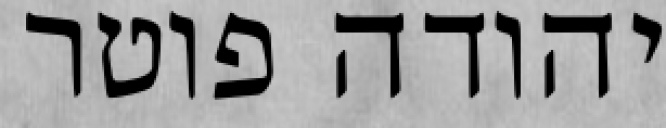
יהודה פוטר